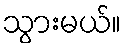
သွားမယ်။